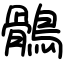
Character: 鶻